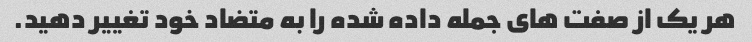
هر یک از صفت های جمله داده شده را به متضاد خود تغییر دهید.